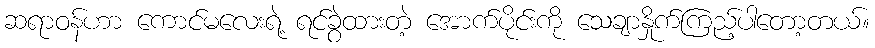
ဆရာဝန်ဟာ ကောင်မလေးရဲ့ ရင်ခွဲထားတဲ့ အောက်ပိုင်းကို သေချာနှိုက်ကြည့်ပါတော့တယ်။